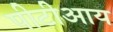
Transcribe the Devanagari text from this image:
पीटीआय